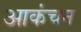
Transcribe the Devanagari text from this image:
आकंचन